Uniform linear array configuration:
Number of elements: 8
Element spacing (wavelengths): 0.25
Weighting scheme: exponential
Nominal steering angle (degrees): -30
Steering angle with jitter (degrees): -28.804
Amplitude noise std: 0.05
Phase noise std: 0.05

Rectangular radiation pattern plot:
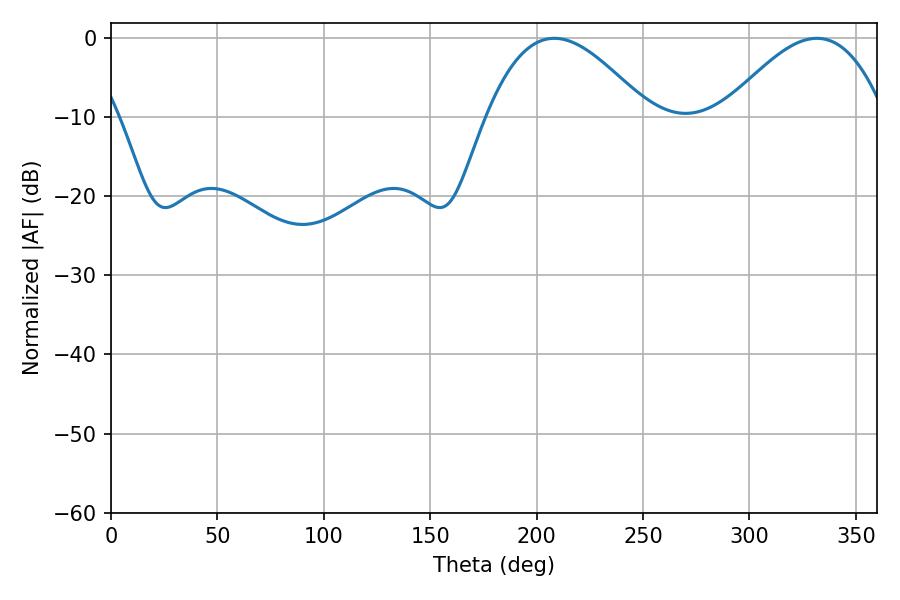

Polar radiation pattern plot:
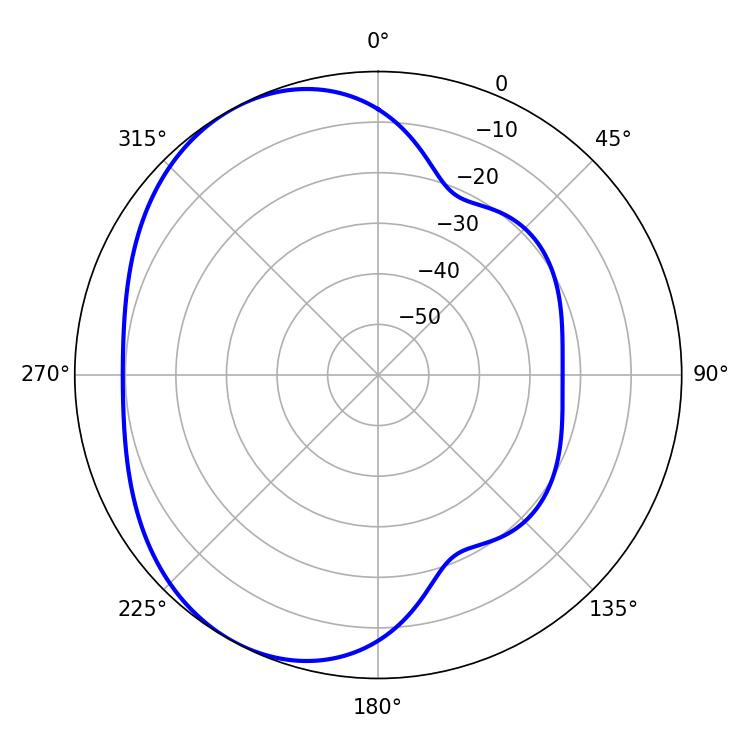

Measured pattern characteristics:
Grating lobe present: FALSE
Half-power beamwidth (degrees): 41.04
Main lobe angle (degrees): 331.74